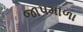
જાપમાળા